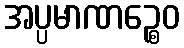
အပ္ပမာဏဉ္စေဝ